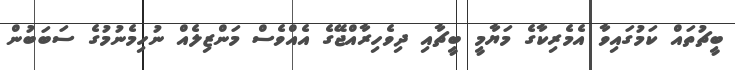
ބީޗުތައް ކަމުގައިވާ އެމެރިކާގެ މަޔާމީ ބީޗާއި ދިވެހިރާއްޖޭގެ އެއްވެސް މަންޒިލެއް ނުހިމެނުމުގެ ސަބަބުން